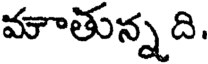
మాతున్న ది.